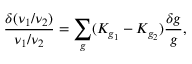
\frac { \delta ( \nu _ { 1 } / \nu _ { 2 } ) } { \nu _ { 1 } / \nu _ { 2 } } = \sum _ { g } ( K _ { g _ { 1 } } - K _ { g _ { 2 } } ) \frac { \delta g } { g } ,